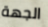
الجهة